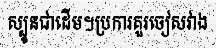
ស្បូនជាដើម។ប្រការគួរចៀសវាង